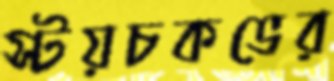
স্টয়চকভের